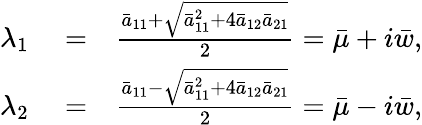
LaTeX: \begin{array}{rlr}{\lambda_{1}}&{{}=}&{\frac{\bar{a}_{11}+\sqrt{\bar{a}_{11}^{2}+4\bar{a}_{12}\bar{a}_{21}}}{2}=\bar{\mu}+i\bar{w},}\\ {\lambda_{2}}&{{}=}&{\frac{\bar{a}_{11}-\sqrt{\bar{a}_{11}^{2}+4\bar{a}_{12}\bar{a}_{21}}}{2}=\bar{\mu}-i\bar{w},}\end{array}